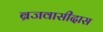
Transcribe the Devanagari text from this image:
ब्रजवासीदास